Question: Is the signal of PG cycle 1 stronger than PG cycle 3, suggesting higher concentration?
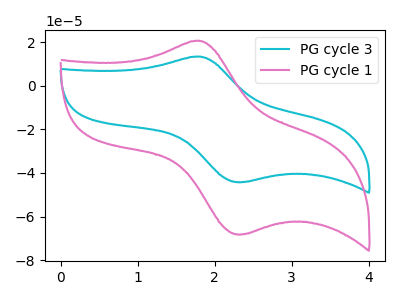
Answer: <think>The cyan curve "PG cycle 3" has an anodic peak at (1.80V, 13.35uA) and a cathodic peak at (2.35V, -44.20uA). The pink curve "PG cycle 1" has an anodic peak at (1.80V, 20.60uA) and a cathodic peak at (2.35V, -68.15uA).
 All the peaks in "PG cycle 1" have a peak in "PG cycle 3" at the same potential. Every peak in "PG cycle 1" is higher than every peak in "PG cycle 3".</think>
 <answer>"PG cycle 1" has more signal than "PG cycle 3" and so likely has a higher concentration.</answer>
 <eval>more_concentration</eval>